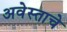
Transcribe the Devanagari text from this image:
अवेस्ताचे